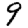
Digit: 9